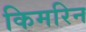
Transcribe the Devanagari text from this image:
किमरिन